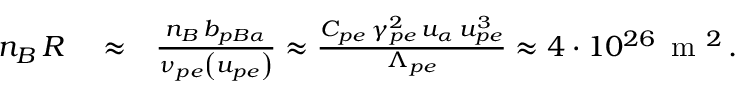
\begin{array} { r l r } { n _ { B } \, { \cal R } } & { { } \approx } & { \frac { n _ { B } \, b _ { p B \alpha } } { \nu _ { p e } \left( u _ { p e } \right) } \approx \frac { C _ { p e } \, \gamma _ { p e } ^ { 2 } \, u _ { \alpha } \, u _ { p e } ^ { 3 } } { \Lambda _ { p e } } \approx 4 \cdot 1 0 ^ { 2 6 } \, \mathrm { ~ m ~ } ^ { 2 } \, . } \end{array}